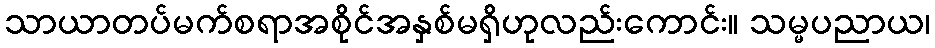
သာယာတပ်မက်စရာအစိုင်အနှစ်မရှိဟုလည်းကောင်း။ သမ္မပညာယ၊